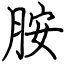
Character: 胺